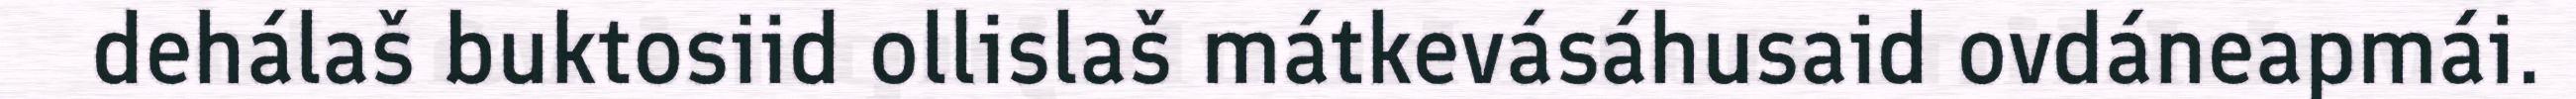
dehálaš buktosiid ollislaš mátkevásáhusaid ovdáneapmái.